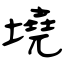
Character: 墝